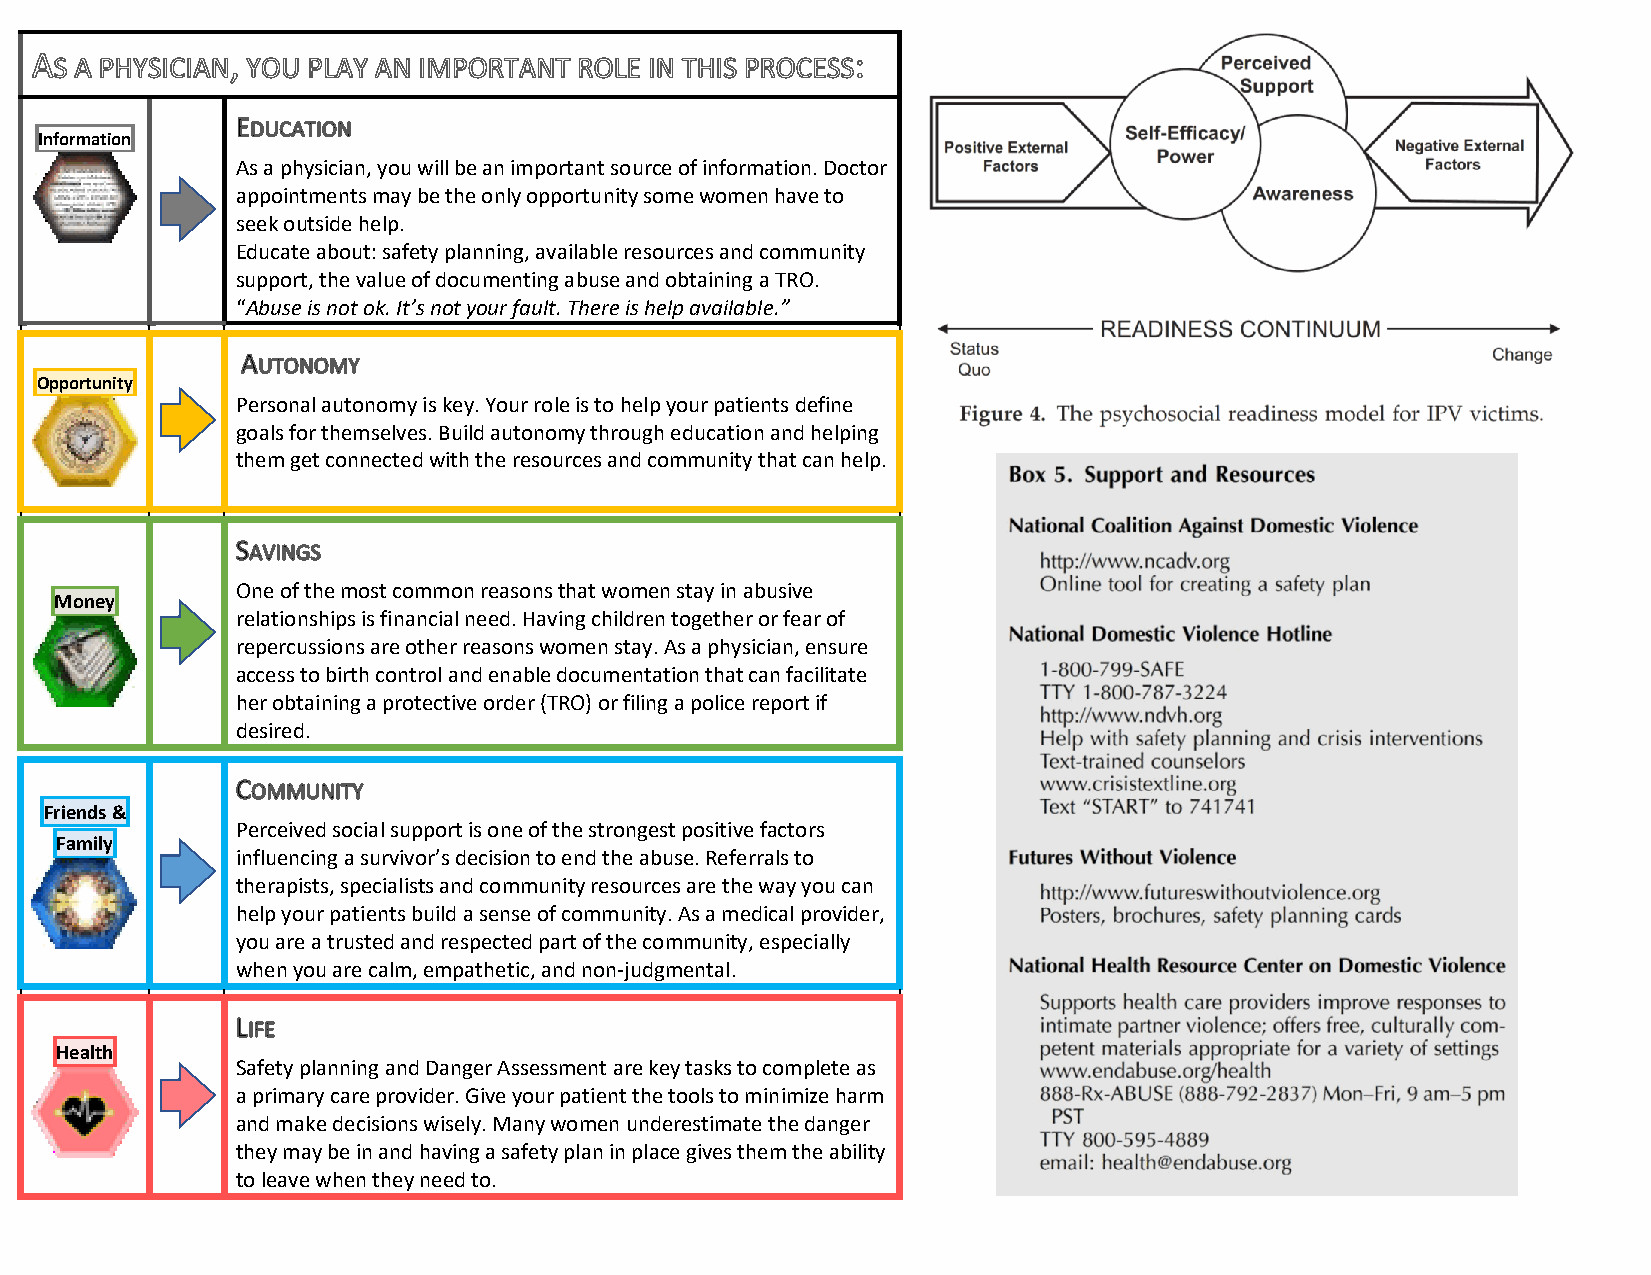
Information
 As a physician, you will be an important source of information. Doctor
 appointments may be the only opportunity some women have to
 seek outside help.
 Educate about: safety planning, available resources and community
 support, the value of documenting abuse and obtaining a TRO.
 “Abuse is not ok. It’s not your fault. There is help available.”
 Opportunity
 Personal autonomy is key. Your role is to help your patients define
 goals for themselves. Build autonomy through education and helping
 them get connected with the resources and community that can help.
 One of the most common reasons that women stay in abusive
 Money
 relationships is financial need. Having children together or fear of
 repercussions are other reasons women stay. As a physician, ensure
 access to birth control and enable documentation that can facilitate
 her obtaining a protective order (TRO) or filing a police report if
 desired.
 Friends &
 Perceived social support is one of the strongest positive factors
 Family
 influencing a survivor’s decision to end the abuse. Referrals to
 therapists, specialists and community resources are the way you can
 help your patients build a sense of community. As a medical provider,
 you are a trusted and respected part of the community, especially
 when you are calm, empathetic, and non-judgmental.
 Health
 Safety planning and Danger Assessment are key tasks to complete as
 a primary care provider. Give your patient the tools to minimize harm
 and make decisions wisely. Many women underestimate the danger
 they may be in and having a safety plan in place gives them the ability
 to leave when they need to.